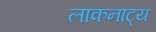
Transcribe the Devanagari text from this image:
लाकनाट्य